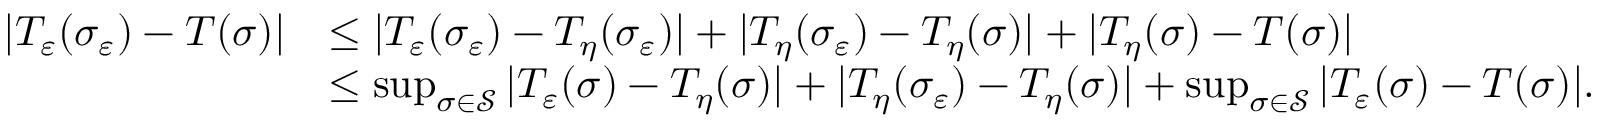
\begin{array} { r l } { | T _ { \varepsilon } ( \sigma _ { \varepsilon } ) - T ( \sigma ) | } & { \le | T _ { \varepsilon } ( \sigma _ { \varepsilon } ) - T _ { \eta } ( \sigma _ { \varepsilon } ) | + | T _ { \eta } ( \sigma _ { \varepsilon } ) - T _ { \eta } ( \sigma ) | + | T _ { \eta } ( \sigma ) - T ( \sigma ) | } \\ & { \le \operatorname* { s u p } _ { \sigma \in \mathcal S } | T _ { \varepsilon } ( \sigma ) - T _ { \eta } ( \sigma ) | + | T _ { \eta } ( \sigma _ { \varepsilon } ) - T _ { \eta } ( \sigma ) | + \operatorname* { s u p } _ { \sigma \in \mathcal S } | T _ { \varepsilon } ( \sigma ) - T ( \sigma ) | . } \end{array}